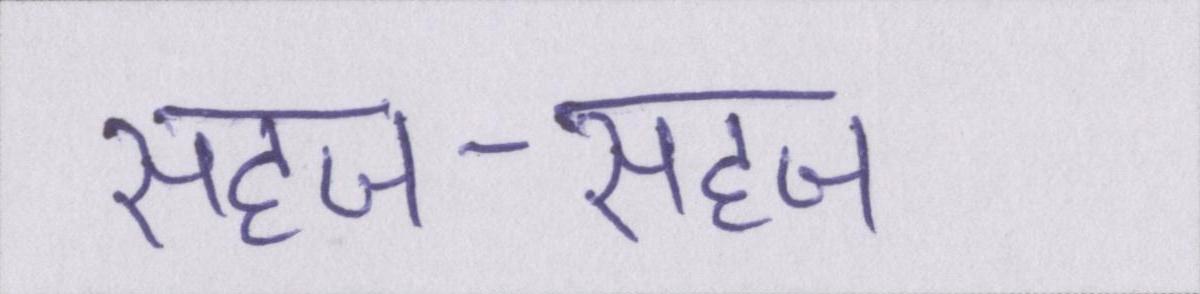
सहज-सहज